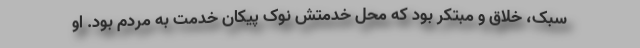
سبک، خلاق و مبتکر بود که محل خدمتش نوک پیکان خدمت به مردم بود. او